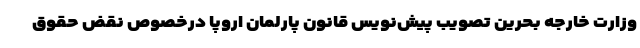
وزارت خارجه بحرین تصویب پیش‌نویس قانون پارلمان اروپا درخصوص نقض حقوق